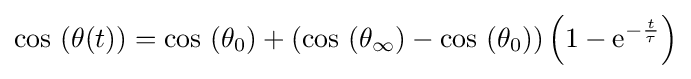
\cos \,\left(\theta (t)\right)=\cos \,\left(\theta _{0}\right)+\left(\cos \,\left(\theta _{\infty }\right)-\cos \,\left(\theta _{0}\right)\right)\left(1-\mathrm {e} ^{-{\frac {t}{\tau }}}\right)